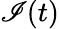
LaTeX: \mathscr{I}(t)